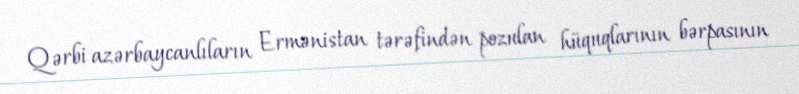
Qərbi azərbaycanlıların Ermənistan tərəfindən pozulan hüquqlarının bərpasının